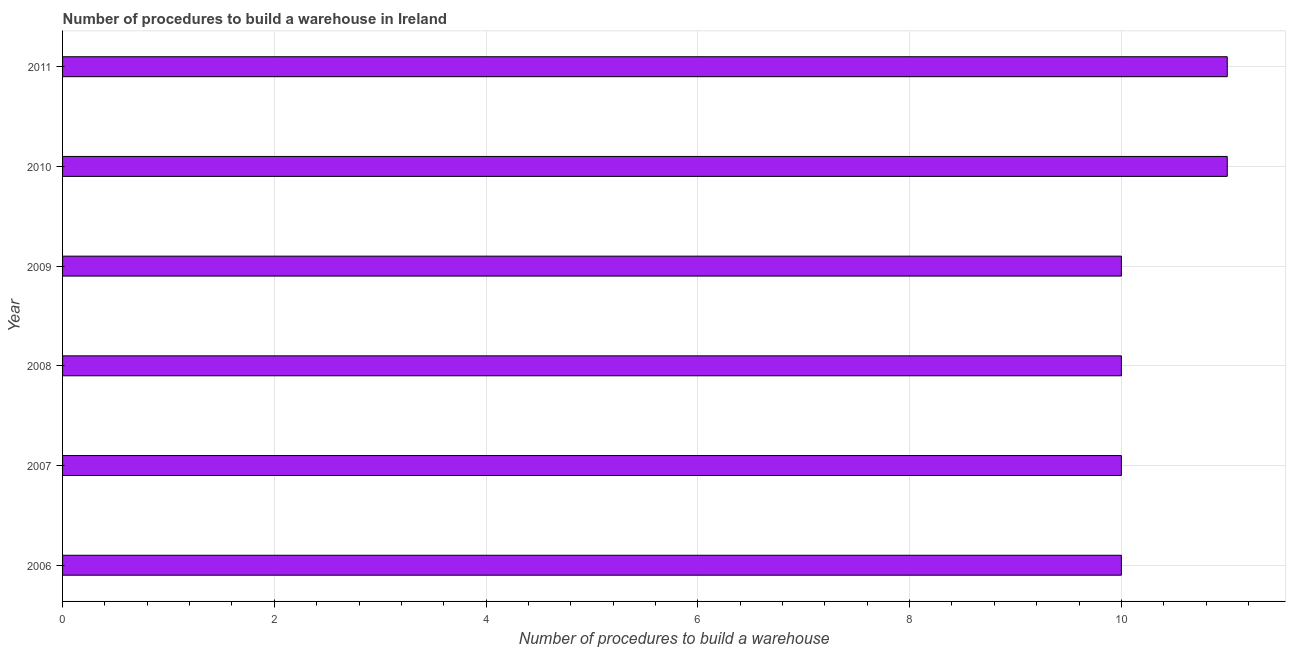
| Year | Build a warehouse |
 | --- | --- |
 | 2006 | 10 |
 | 2007 | 10 |
 | 2008 | 10 |
 | 2009 | 10 |
 | 2010 | 11 |
 | 2011 | 11 |